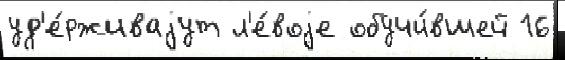
уд'е́рживаjут л'е́воjе обучи́вшей 16